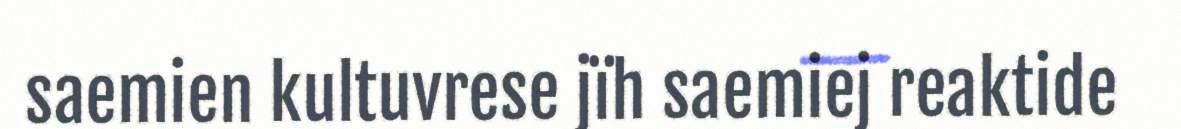
saemien kultuvrese jïh saemiej reaktide